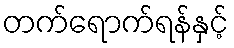
တက်ရောက်ရန်နှင့်